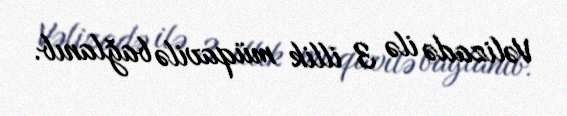
Vəlizadə ilə 3 illik müqavilə bağlanıb.